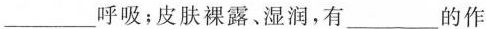
___呼吸；皮肤裸露、湿润，有___的作